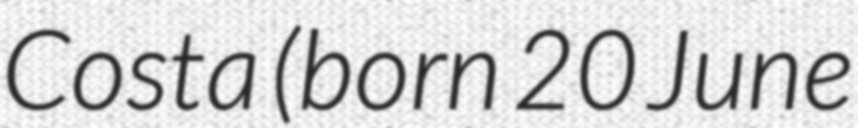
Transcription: Costa (born 20 June